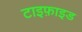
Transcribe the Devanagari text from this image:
टाइफ़ाइड